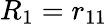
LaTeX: R_{1}=r_{11}